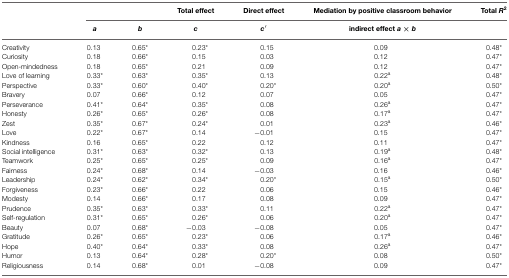
<table><thead><tr><td><b></b></td><td><b></b></td><td><b></b></td><td><b>Total effect</b></td><td><b>Direct effect</b></td><td><b>Mediation by positive classroom behavior</b></td><td><b>Total <i>R</i><sup>2</sup></b></td></tr><tr><td></td><td><b><i>a</i></b></td><td><b><i>b</i></b></td><td><b><i>c</i></b></td><td><b><i>c′</i></b></td><td><b>indirect effect <i>a</i> × <i>b</i></b></td><td></td></tr></thead><tbody><tr><td>Creativity</td><td>0.13</td><td> 0.65*</td><td>0.23*</td><td> 0.15</td><td>0.09</td><td> 0.48*</td></tr><tr><td>Curiosity</td><td>0.18</td><td> 0.66*</td><td> 0.15</td><td> 0.03</td><td>0.12</td><td> 0.47*</td></tr><tr><td>Open-mindedness</td><td>0.18</td><td> 0.65*</td><td> 0.21</td><td> 0.09</td><td>0.12</td><td> 0.47*</td></tr><tr><td>Love of learning</td><td> 0.33*</td><td> 0.63*</td><td>0.35*</td><td> 0.13</td><td> 0.22<sup>a</sup></td><td> 0.48*</td></tr><tr><td>Perspective</td><td> 0.33*</td><td> 0.60*</td><td>0.40*</td><td>0.20*</td><td> 0.20<sup>a</sup></td><td> 0.50*</td></tr><tr><td>Bravery</td><td>0.07</td><td> 0.66*</td><td> 0.12</td><td> 0.07</td><td>0.05</td><td> 0.47*</td></tr><tr><td>Perseverance</td><td> 0.41*</td><td> 0.64*</td><td>0.35*</td><td> 0.08</td><td> 0.26<sup>a</sup></td><td> 0.47*</td></tr><tr><td>Honesty</td><td> 0.26*</td><td> 0.65*</td><td>0.26*</td><td> 0.08</td><td> 0.17<sup>a</sup></td><td> 0.47*</td></tr><tr><td>Zest</td><td> 0.35*</td><td> 0.67*</td><td>0.24*</td><td> 0.01</td><td> 0.23<sup>a</sup></td><td> 0.46*</td></tr><tr><td>Love</td><td> 0.22*</td><td> 0.67*</td><td> 0.14</td><td>–0.01</td><td>0.15</td><td> 0.47*</td></tr><tr><td>Kindness</td><td>0.16</td><td> 0.65*</td><td> 0.22</td><td> 0.12</td><td>0.11</td><td> 0.47*</td></tr><tr><td>Social intelligence</td><td> 0.31*</td><td> 0.63*</td><td>0.32*</td><td> 0.13</td><td> 0.19<sup>a</sup></td><td> 0.48*</td></tr><tr><td>Teamwork</td><td> 0.25*</td><td> 0.65*</td><td>0.25*</td><td> 0.09</td><td> 0.16<sup>a</sup></td><td> 0.47*</td></tr><tr><td>Fairness</td><td> 0.24*</td><td> 0.68*</td><td> 0.14</td><td>–0.03</td><td>0.16</td><td> 0.46*</td></tr><tr><td>Leadership</td><td> 0.24*</td><td> 0.62*</td><td>0.34*</td><td>0.20*</td><td> 0.15<sup>a</sup></td><td> 0.50*</td></tr><tr><td>Forgiveness</td><td> 0.23*</td><td> 0.66*</td><td> 0.22</td><td> 0.06</td><td>0.15</td><td> 0.46*</td></tr><tr><td>Modesty</td><td>0.14</td><td> 0.66*</td><td> 0.17</td><td> 0.08</td><td>0.09</td><td> 0.47*</td></tr><tr><td>Prudence</td><td> 0.35*</td><td> 0.63*</td><td>0.33*</td><td> 0.11</td><td> 0.22<sup>a</sup></td><td> 0.47*</td></tr><tr><td>Self-regulation</td><td> 0.31*</td><td> 0.65*</td><td>0.26*</td><td> 0.06</td><td> 0.20<sup>a</sup></td><td> 0.47*</td></tr><tr><td>Beauty</td><td>0.07</td><td> 0.68*</td><td>–0.03</td><td>–0.08</td><td>0.05</td><td> 0.47*</td></tr><tr><td>Gratitude</td><td> 0.26*</td><td> 0.65*</td><td>0.23*</td><td> 0.06</td><td> 0.17<sup>a</sup></td><td> 0.46*</td></tr><tr><td>Hope</td><td> 0.40*</td><td> 0.64*</td><td>0.33*</td><td> 0.08</td><td> 0.26<sup>a</sup></td><td> 0.47*</td></tr><tr><td>Humor</td><td>0.13</td><td> 0.64*</td><td>0.28*</td><td>0.20*</td><td>0.08</td><td> 0.50*</td></tr><tr><td>Religiousness</td><td>0.14</td><td> 0.68*</td><td> 0.01</td><td>–0.08</td><td>0.09</td><td> 0.47*</td></tr></tbody></table>